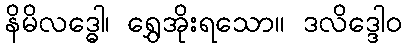
နိမိလဒ္ဓေါ၊ ရွှေအိုးရသော။ ဒလိဒ္ဒေါဝ